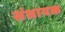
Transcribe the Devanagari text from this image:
संधायक